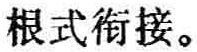
根式衔接。